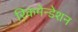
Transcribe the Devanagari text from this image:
रिकमेन्डेशन